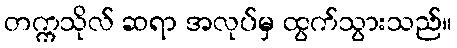
တက္ကသိုလ် ဆရာ အလုပ်မှ ထွက်သွားသည်။